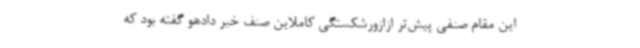
این مقام صنفی پیش‌تر ازازورشکستگی کاملاین صنف خبر دادهو گفته بود که